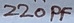
Text: 220PF